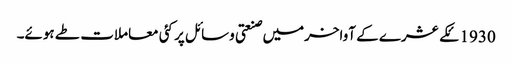
1930ئکے عشرے کے آواخرمیں صنعتی وسائل پر کئی معاملات طے ہوئے۔